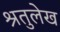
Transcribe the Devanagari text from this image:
श्रतुलेख